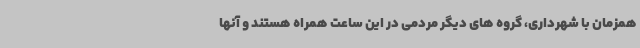
همزمان با شهرداری، گروه های دیگر مردمی در این ساعت همراه هستند و آنها